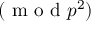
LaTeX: ( { \textrm { m o d } } p ^ { 2 } )